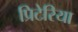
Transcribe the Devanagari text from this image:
प्रिटेरिया